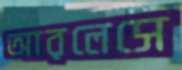
আরলেসে